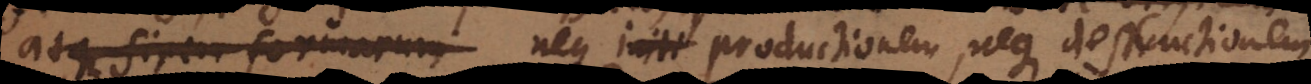
atque finem formarum neque initi productionem neque destructionem